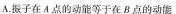
A.振子在A点的动能等于在B点的动能